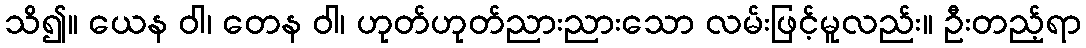
သိ၍။ ယေန ဝါ၊ တေန ဝါ၊ ဟုတ်ဟုတ်ညားညားသော လမ်းဖြင့်မူလည်း။ ဦးတည့်ရာ